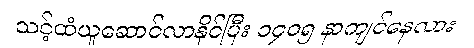
သင့်ထံယူဆောင်လာနိုင်ပြီး ၁၄၀၅ နာကျင်နေလား